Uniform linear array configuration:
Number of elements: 32
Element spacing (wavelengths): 0.75
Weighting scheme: cosine
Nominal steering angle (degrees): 60
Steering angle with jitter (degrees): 59.879
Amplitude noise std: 0.05
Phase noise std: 0.05

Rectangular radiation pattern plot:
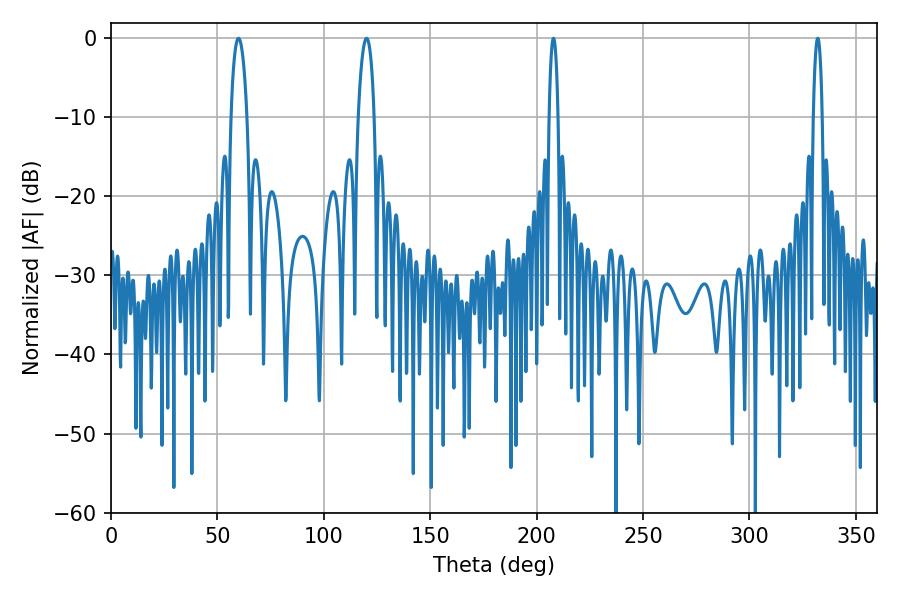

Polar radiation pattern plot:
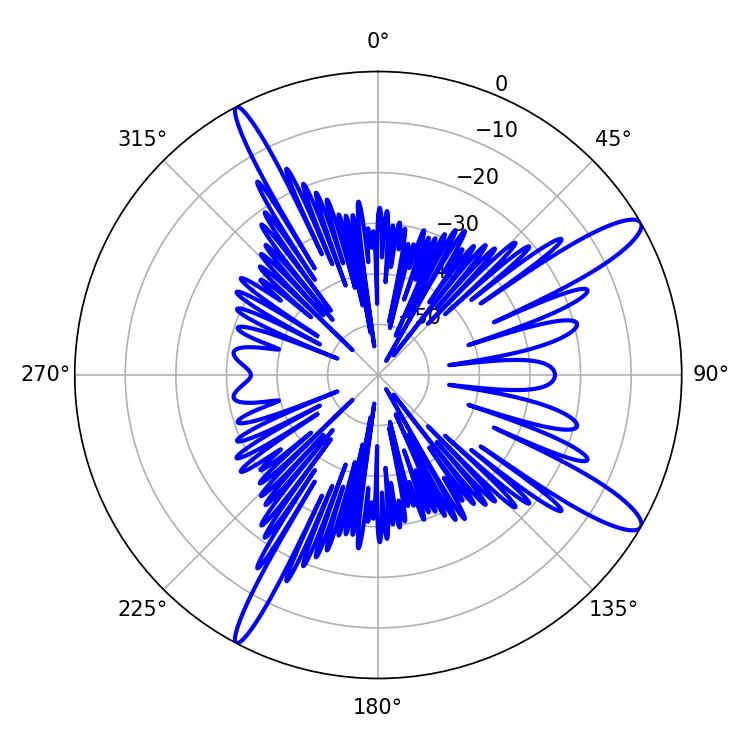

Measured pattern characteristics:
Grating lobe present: TRUE
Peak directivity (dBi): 13.006
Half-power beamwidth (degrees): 2.34
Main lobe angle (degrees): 207.9